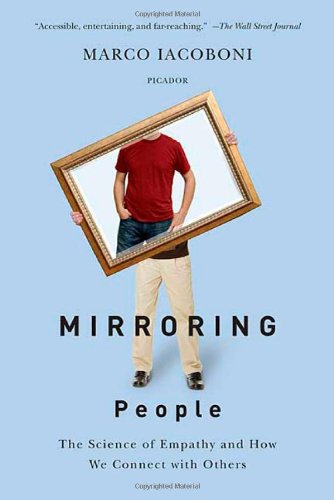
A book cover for Mirroring People: The Science of Empathy and How We Connect with Others; Marco Iacoboni; Health, Fitness & Dieting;